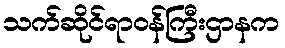
သက်ဆိုင်ရာဝန်ကြီးဌာနက